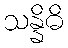
သန္နိဓိ